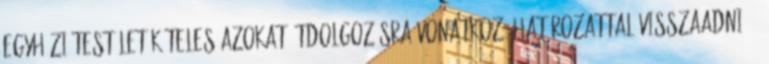
egyházi testület köteles azokat átdolgozásra vonatkozó határozattal visszaadni. 4